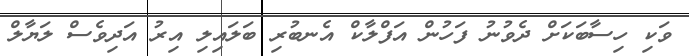
ވަކި ހިސާބަކަށް ދެވުނު ފަހުން އަފްލާކް އެނބުރި ބަލައިލި އިރު އަދިވެސް ލަޔާލް